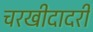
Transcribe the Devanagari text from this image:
चरखीदादरी